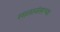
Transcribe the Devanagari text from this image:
सालानंतरच्या